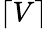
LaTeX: \lceil V\rceil